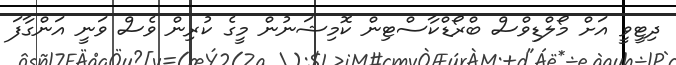
ދިޓީވީ އަށް މޯލްޑިވްސް ބްރޯޑްކާސްޓިން ކޮމިޝަނުން މީގެ ކުރިން ވެސް ވަނީ އަންގާފަ